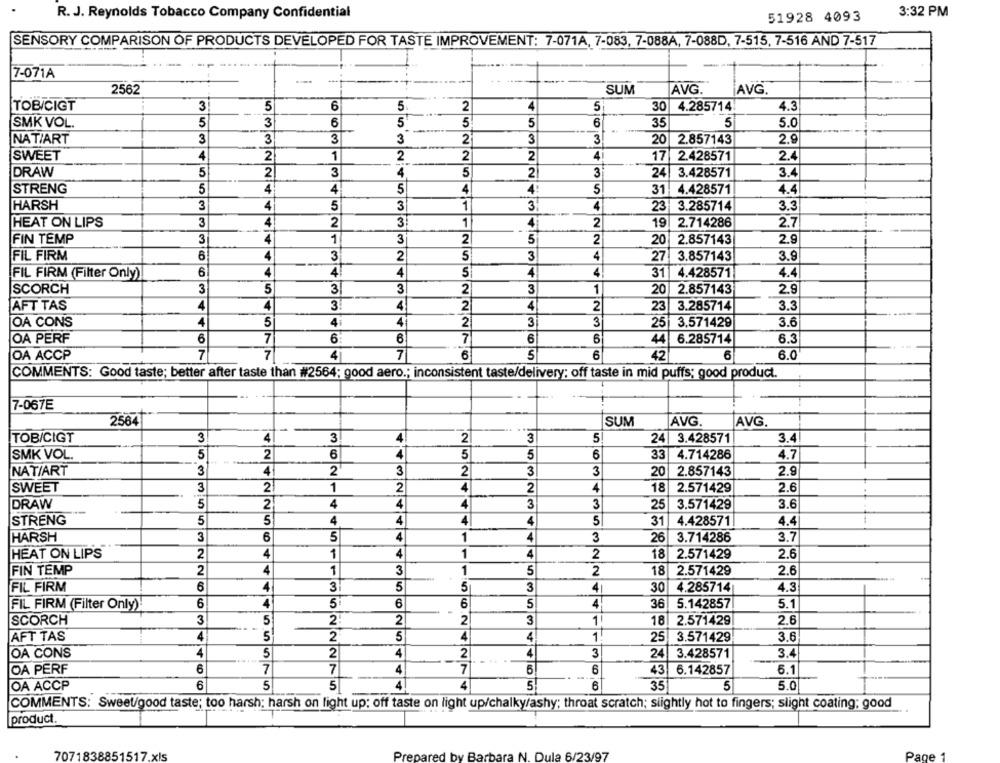
R. J. Reynolds Tobacco Company Confidential
3:32 PM
51928 4093
SENSORY COMPARISON OF PRODUCTS DEVELOPED FOR TASTE IMPROVEMENT: 7-071A, 7-083, 7-088A, 7-088D, 7-515, 7-516 AND 7-517
-
7-071A
2562
SUM
AVG
AVG
TOBICIGT
3
5
6
5
2
4
5
30
4.285714
4.3
5
3
6
5
5
5
6
5
SMK VOL.
35
5.0
3
NATIART
3
3
3
3
2
3
20 2.857143
2.9
SWEET
4
2
1
2
2
2
4
17 2.428571
2.4
DRAW
5
2
3
4
5
2
3
24| 3.428571
3.4
STRENG
5
4
4
5
4
5
31. 4.428571
4.4
HARSH
3
4
5
3
1
3
4
23 3.285714
3.3
3
4
2
HEAT ON LIPS
1
4
2
19
2.714286
2.7
FIN TEMP
3
4
1
3
2
5
2
20
2.857143
2.9
FIL FIRM
6
4
3
2
5
3
4
27 3.857143
3.9
FIL FIRM (Filter Only)
6
4
4
4
4
31 4.428571
4.4
SCORCH
3
5
3
3
2
3
1
20 2.857143
2.9
4
4
3
4
4
2
3.3
AFT TAS
2
23 3.285714
OA CONS
4
5
4i
4
2
3
3
25 3.571429
3.6
OA PERF
6
7
6:
6
7
6
6
6.285714
6.3
OA ACCP
7
7
4
7
6
5
6
42
6
6.0
COMMENTS: Good taste; better after taste than #2564; good aero .; inconsistent taste/delivery; off taste in mid puffs; good product.
7-067E
2564
SUM
AVG.
AVG.
TOBICIGT
3
3
4
2
3
5
24
3.428571
3.4
SMK VOL.
5
2
6
4
5
5
6
33
4.714286
4.7
NAT/ART
3
4
2
3
2
3
3
20 2.857143
2.9
SWEET
3
21
1
2
4
2
4
18 2.571429
2.6
4
4
3
3
DRAW
5
2
4
25
3.571429
3.6
4
STRENG
5
5
4
4
4
5
31
4.428571
4.4
HARSH
3
6
5
4
1
4
3
26
3.714286
3.7
HEAT ON LIPS
2
4
1
4
1
4
2
18
2.571429
2.6
FIN TEMP
2
4
1
3
1
5
2
18
2.571429
2.6
FIL FIRM
6
4
3
5
5
3
4.285714
4.3
4
30
6
4
5
6
6
5
4
5.142857
5.1
FIL FIRM (Filter Only)
36
SCORCH
3
5
2!
2
2
3
1
18
2.571429
2.6
AFT TAS
4
2
5
4
4
1
25
3.571429
3.6
OA CONS
4
5
2
4
2
4
3
24
3.428571
3.4
OA PERF
6
7
7
4
7
5
6
43
6.142857
6.1
OA ACCP
6
5
5
4
4
5
6
35
5
5.0
COMMENTS: Sweetgood taste; too harsh; harsh on light up: off taste on light up/chalky/ashy; throat scratch; slightly hot to fingers; slight coating; good
product.
7071838851517.xls
Prepared by Barbara N. Dula 6/23/97
Page